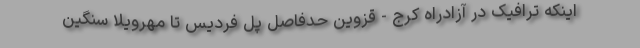
اینکه ترافیک در آزادراه کرج - قزوین حدفاصل پل فردیس تا مهرویلا سنگین